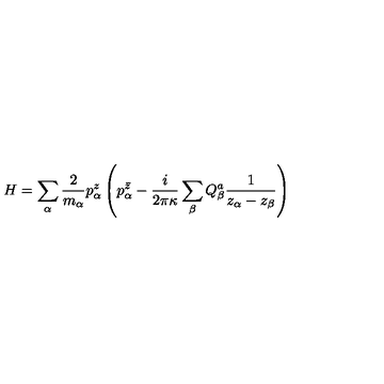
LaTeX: H = \sum _ { \alpha } \frac { 2 } { m _ { \alpha } } p _ { \alpha } ^ { z } \left( p _ { \alpha } ^ { \bar { z } } - { \frac { i } { 2 \pi \kappa } } \sum _ { \beta } Q _ { \beta } ^ { a } { \frac { 1 } { z _ { \alpha } - z _ { \beta } } } \right)